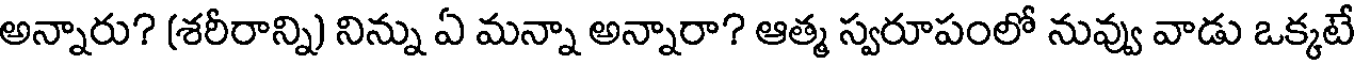
అన్నారు? (శరీరాన్ని) నిన్ను ఏ మన్నా అన్నారా? ఆత్మ స్వరూపంలో నువ్వు వాడు ఒక్కటే